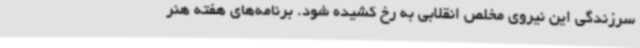
سرزندگی این نیروی مخلص انقلابی به رخ کشیده شود. برنامه‌های هفته هنر